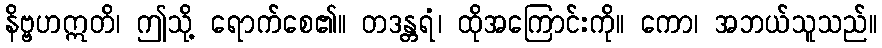
နိဗ္ဗဟဣတိ၊ ဤသို့ ရောက်စေ၏။ တဒန္တရံ၊ ထိုအကြောင်းကို။ ကော၊ အဘယ်သူသည်။